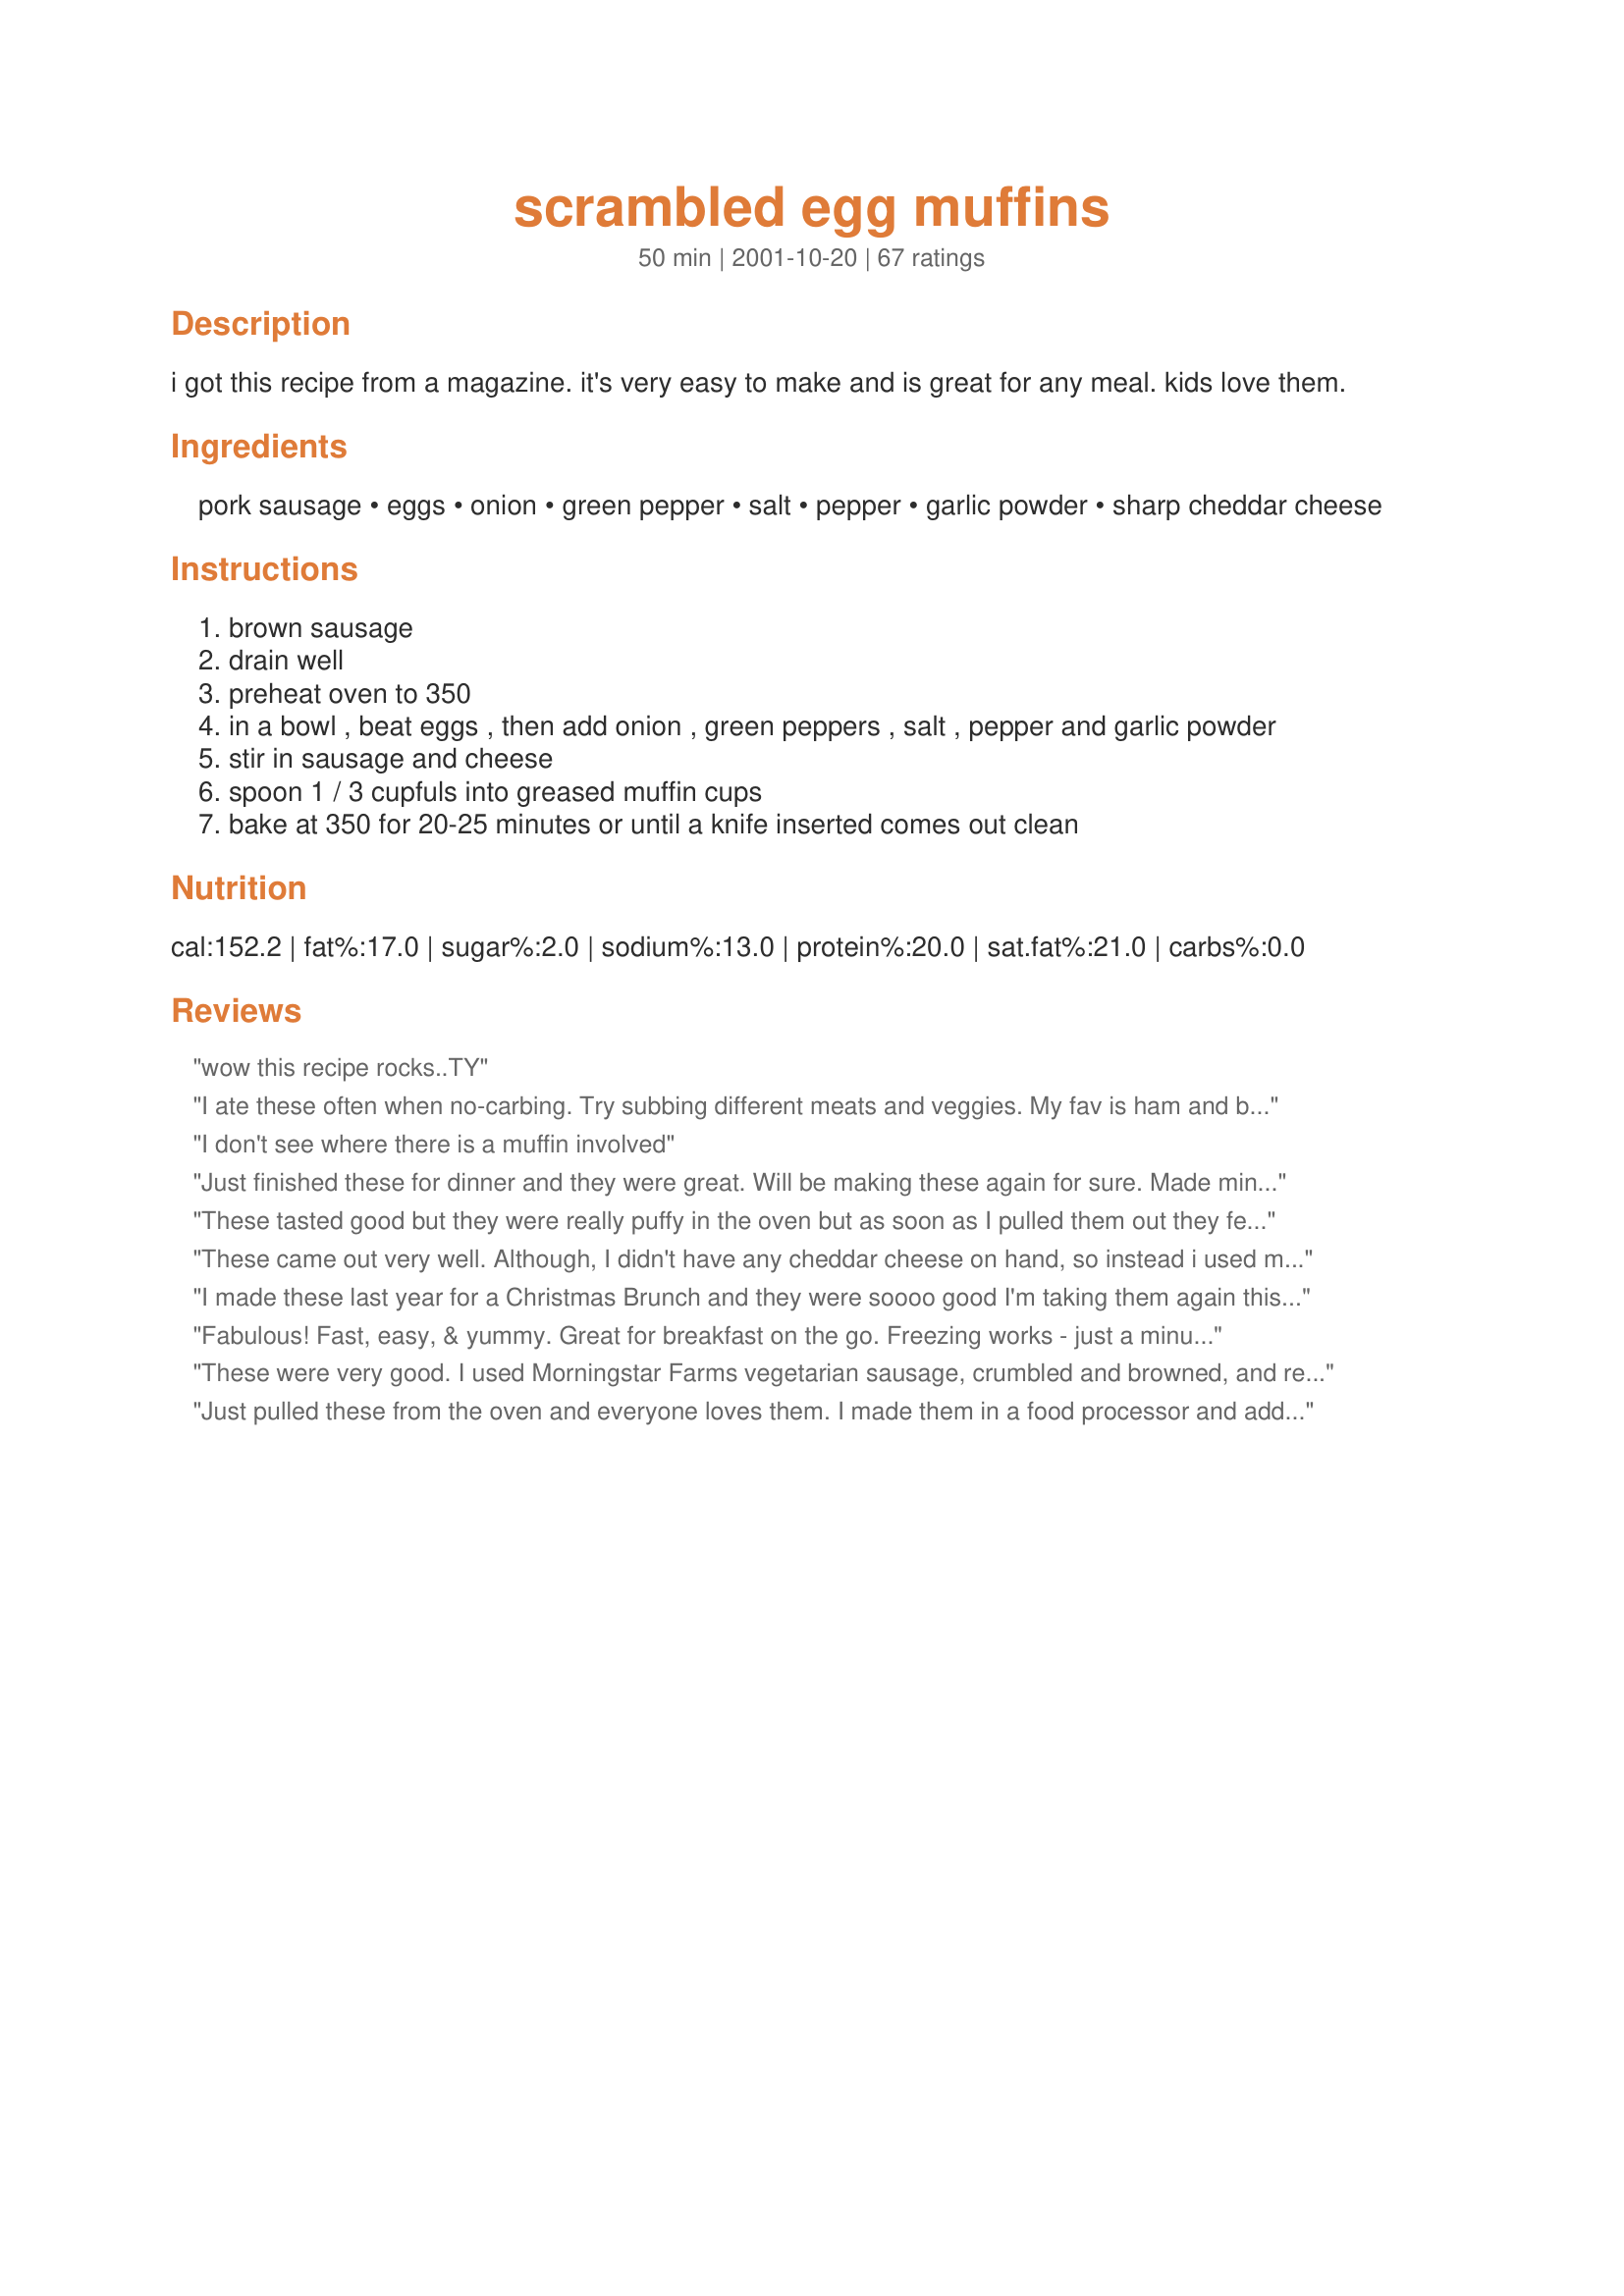
scrambled egg muffins
Preparation time: 50 minutes

i got this recipe from a magazine. it's very easy to make and is great for any meal. kids love them.

Ingredients:
pork sausage, eggs, onion, green pepper, salt, pepper, garlic powder, sharp cheddar cheese

Steps:
brown sausage
drain well
preheat oven to 350
in a bowl , beat eggs , then add onion , green peppers , salt , pepper and garlic powder
stir in sausage and cheese
spoon 1 / 3 cupfuls into greased muffin cups
bake at 350 for 20-25 minutes or until a knife inserted comes out clean

Reviews:
wow this recipe rocks..TY
I ate these often when no-carbing. Try subbing different meats and veggies. My fav is ham and broccolli.
And they are great cold!
I don't see where there is a muffin involved
Just finished these for dinner and they were great. Will be making these again for sure. Made mine with bacon, cheddar cheese and chives for additives.
These tasted good but they were really puffy in the oven but as soon as I pulled them out they fell. Not sure what I could have done wrong. They still tasted good they just didn't look the best. I did cook my peppers and onions before adding.
These came out very well. Although, I didn't have any cheddar cheese on hand, so instead i used muenster, and they tasted fine. also, I only used 10 eggs so there would be more flavor in each one. And yes, they were gone in a minute! Thanks! =D
I made these last year for a Christmas Brunch and they were soooo good I'm taking them again this year. I doubled the recipe and used 1 pound of bacon instead of sausage. ( I used the bacon grease then to grease the muffin pan.... sooo nice!) And left overs reheat very well!
Fabulous! Fast, easy, & yummy. Great for breakfast on the go. Freezing works - just a minute or two in the microwave & they're just fine. I put mushrooms in my second batch & that was great too. Thanks!
These were very good. I used Morningstar Farms vegetarian sausage, crumbled and browned, and red bell pepper. I froze them and they are good when microwaved. Great for busy mornings!
Just pulled these from the oven and everyone loves them. I made them in a food processor and added some spiced yogurt cheese balls and sausage TVP. What a great and simple recipe! Thanks gran.
All RIGHT! These are the perfect company dish! I halved the recipe and added yellow instead of green peppers and green onion instead of yellow since I like the milder flavor of green onions in omelets. I also replaced the sausage with 4oz canadian bacon & added chopped mushrooms, spinach, & about 1/2c of milk. I love cheese so I still used 1/2c of the cheddar. These were SO good and I'm definitely making them again. The addition of the chopped fresh spinach, green onion, & yellow peppers made these SO pretty! Thanks so much!
This recipe is fine and easy enough, so I have no comments on the recipe. What I really hate is the picture does NOT correspond to the recipe. The eggs in the photo are not stirred, mixed, or whipped in any way and THAT is the recipe I wanted to find.
These were great and so easy to make..I omited the garlic powder and added a splash of milk to my eggs. I had them this morning at work.
I made this for a Fathers Day potluck at church today. I originally found the recipe in one of my mothers cookbooks and copied it down. They went over great I even got asked for the recipe. Next time I might try bacon or ham.
I Made These This Morning. I Was Trying To Find A Way To Use Up A Roll Of Pork Sausage. Im Not A Big Fan Of Pork Sausage... These Were Fabulous! I sauTeed An Onion Half A Red Pepper &amp; A Few Shrooms. I Used About 3/4 Lb Of Sausage &amp; 10 Eggs. Measuring Them Out @ 1/3 Cup Each It Made 13 Muffins. As Reccommended I Sprayed The Muffin Pans Generously With canola Oil. No Problem Getting Them Out Of The Pans.Thanks For A Great New Bfast Idea!! :-D
Absolutely delicious!

I made these for a mother's day brunch and they were a great hit.

Easy to make and taste wonderful- like little personal omelets!
These muffins were absolutely wonderful and VERY easy to make. My husband took two of them to work on his way out of the house and immediately called me upon eating them. He begged me to make them on a regular basis. (He ate two more for dinner later that evening. NOTE: I reheated them in the microwave for 30 seconds). I did make some changes to the recipe: my husband is not a fan of onions and green peppers, so I omitted these ingredients, as well as the garlic powder. Also, since it's just the two of us, I halved the recipe to 6 eggs, but kept the same amount of sausage and cheese. On day two of making them, upon request, I used 1 cup of cheese. Lastly, I used Jimmy Dean pork sausage with maple. Thanks Nicole for a quick and tasty (low carb) breakfast! They were delicious!!!
These are great! Made for breakfast this morning and was a big hit. Will definitely add these to our menu rotation!
I liked these a lot. I like that it's easy to cut the recipe in half, since I was not feeding a crowd. I used hot sausage and then sprinkled a little extra cheese on top when they were done cooking.
Great idea! We had delicious & satisfying breakfasts on our craziest mornings of the week thanks to this recipe! It's so flexible that we might not ever tire of it. I made mine with soy crumbles, green onion, and a little soymilk instead of cheese (made them fluffier). Zapped in the microwave for about 1 1/2 minutes, sandwiched in some toast, it's a fast & tasty breakfast on the go!
Nice simple recipe that is easy to adjust to personal taste. I cut it in half as there&#039;s only 3 of us but think they&#039;d make great left overs or an easy breakfast for a crowd. I first sauted some chopped onion and red peppers and used bacon instead of sausage as that&#039;s what I had - also went heavy on the cheese and it worked out fine. I did find that 15 minutes in my oven was about right. Like another reviewers idea of adding hash browns and think I&#039;d then make them in my BIG muffin tins to accommodate it all.
Tastes great, need to grease pan very well so they don't stick!
This is great. I made this when family was in town. I also added green chilies.
Very easy, fast, delicious breakfast recipe! Thank you for sharing! This one is definitely getting saved. The kids loved it!! And I’m sure you could add many different tweaks to change up the flavors!
I made these for breakfast this morning - Very good! I used bacon, because that's what I had available. I also sauteed the onion and pepper with the bacon, because I thought they would still be crunchy just baking for 25 minutes. I'm going to try freezing the left overs, too. Then making sandwiches out of them between a toasted english muffin. Thank you, Nicole, for posting this here.
What a great idea! This recipe is pretty much only limited to your own imagination. I used basic omelet ingredients & everyone loved them!

I added mushroom, cheddar cheese, chopped tomato, cooked spinach and bacon bits with a pinch of pepper to our eggs.

Thanks for sharing!!
I made these today and they are very good. I only used 10 eggs and 2 tbsp. of heavy cream . I added 1/4 tsp onion powder 1/4 tsp mustard powder. I cooked my sausage and cooked the veggies with sausage for the last minute or two. These are very nice and full of meat and veggies. I had no problems with sticking. I will be making these often. These are great when you are low carbing. Thanks for the recipe.
Lovely Brunch dish. These would work well on a buffet too. I made a third of the recipe with no problem. I filled the muffin tins to apprx 1/2" from the top - they puff right up. I used a Jalapeno pepper instead of green pepper and would like some hot sauce on the side. But that's just me - they are wonderful without it. Nice texture. Excellent do ahead recipe. I browned the sausage the day be fore, but them together a couple of hours before baking them - popped them in the oven 25 minutes before serving - timing is just right. Thanks gran, great recipe
Easy and great tasting. I made these this morning with sausage, red and yellow peppers, mushrooms, onions and sharp cheddar. The options are endless!
Sorry forgot to rate it....a 5!
Very good and simple to make. Thanks.
While they were easy to make, they were a bit time consuming considering the end result, which I thought was okay but nothing special. And, having read some reviews about them sticking badly, I used paper liners and they stuck to those, too. Probably won't make them again, but thanks for sharing the recipe, anyway.
I loved this! What a great way to use up eggs in a creative way, and the possibilities are endless. I used bell pepper and leftover ground beef. I'd recommend watching these carefully so they don't overcook. I made these for dinner and I'm sure they'd be great anytime! These were definitely a hit. Thanks!
This was pretty good---the kids and I gobbled it down for breakfast this morning. I made it in a pie-plate instead of muffin cups, and used pepperoni instead of sausage. Oh, and I threw in freshly snipped chives instead of the onions, added some nice color. The egg in this is nice and fluffy...very light, which goes quite well with the meat!


*Made for PAC Spring 2007*
These are a nice, quick breakfast. My only recommendation is to definitely use some muffin cups. I greased my favorite muffin tin. The one that the muffins always slide right out of. Not only did these stick to them something awful, but I really had to scrub to get the tin clean, even after soaking! I substituted ham for pork sausage and left out the green peppers. They reheat nicely out of the fridge, so I plan to freeze a few and see how that does. Thanks for sharing
VERY simple to do,
Hubby enjoyed them too!
Used turkey sausage, red pepper in,
With this recipe you have a win!
Agree with other reviewers to not overfill, TRUE!
Mine were shaped like hearts in muffin pan too!
Turned out great, quick and easy! I didn't have sausage so I made mine into a mock pizza flavor, add tomatoes, green pepper, red onion, pizza seasoning, pizza cheeses and pepperoni.(that is what the red strips are in my pic.) Wallah! Turned out wonderfully, kids loved them. Thanks for a great recipe!
These were very easy and tasty right out of the oven. I don't agree with the freezing and reheating of other reviewers. I put two in each freezer bag with the intention of taking them to work for breakfast. Unfortunately, when I thawed and reheated them they are very kitchen sponge like and blah. I threw the rest of them out that I had frozen. Oh well trial and error. Again, very good change of pace for a weekend breakfast, Thanks for sharing!
This is actually great base recipe. You can do many things with it! I didnt put it in muffin tins becuase it was just easier to put it in a pie pan. It turned out fine. Another time I cut and fried potatoes and placed them on the bottom on a casserole dish then added the mixture on top before baking. There are many things you can do with this!
The husband declared these good but "missing something". I put salsa on mine, as I do with nearly everything eggy, and was in heaven (they did taste a bit pain without). I used 5 eggs (apparently one egg = one muffin), sausage, and cheese. These also stuck quite a bit, despite a thick application of bacon grease to the pan - maybe silicone pans would do the trick.
These are terrific!!! They have transformed our breakfast rush into a calm and peaceful dance!! Best of all they take about a minute in the microwave to go from frozen to a hot brekky!! I have used pork, italian, farmers,and turkey sausage. I have added 1/2 c. frozen hash browns to the mix as well as many different kinds of cheeses. We love these muffins and they are a nice change from the usual breakfast fare. Thank you for sharing!
Great! But I simplified mine due to calorie diet. I used 6 eggs, 1/4 cup shredded cheddar, 1/4 cup skim milk, 8 cooked/crumbled slices of Turkey Bacon and 1 sprig of green onion. No seasonings needed. This made exactly 24 mini muffins. Cooked 15 @ 350 degrees. Thanks for posting the great idea.
This is a great do-ahead breakfast. I made it as directed and added some green chiles also. I wasn't too sure what "mini sausages" were, but I used Bryan little smoke links. Nice flavors and ever so easy to make. Thanks for sharing this keeper.
These were good and I'm glad I finally got around to trying them. I used lean ground beef instead of sausage and cut the recipe in half. Still got 9 "muffins" our of it. They are good cold too!!
We made these this past weekend. I used cayenne pepper instead of garlic (to limit garlic breath in the early morning). I reduced the size to ¼ cup of mix per muffin to ensure they did not exceed the muffin tin. Two of these reduced sized muffins seemed to be enough. Topped with "Red Hot" to add some more spice.
Really enjoying grabbing one of these for breakfast instead of having to prepare something every day. Prepared them exactly by the recipe, and they are great! Thanks.
These are so good and very handy. I made this recipe for that &quot;on the go&quot; morning before football games. We literally grabbed a couple a piece and ate in the car! This recipe is perfect for that morning commute or those busy weekend mornings. Thank you for sharing withus.
These were really good and easy. I was surprised there was not any bread or actual muffin but still very good and easy to make.
My family thought this was a great recipe. It definitely needed the green peppers though, which I left out because I didn't have any. I also found that the muffins overflowed the tin, and made a big mess of my oven. So next time I will use two muffin tins or cut the recipe. I will also add some tomatoes and maybe mushrooms too. Overall, a very good recipe. Thanks!
I like the recipe, substituted cubed tofu and vego powdered chicken stock for the pork sausage to make a vegetarian version. A good way to use up eggs if you have got heaps spare. My only problem was they stuck like glue to the muffin trays - I'll clearly have to apply heaps of oil next time to try and prevent this.
I don't know what happened but these did not turn out well for me. I greased the pan well and they stuck horribly. A nightmare to clean the pan. They weren't very muffin-like, but flattened out and were more like little scrambled egg discs. Oh well, things don't always turn out like you expect and from looking at the pictures and reading the other reviews, I must have been off my game.
These were really good. Good cold as well. I made "No-beat Popovers 105830" and put the Scrambled egg muffins in them. Mmm Mmm Good.
Made for Easter Egg Hunt Tag! I really liked these. They were great for transporting to work. Will definitely make these again. Thanks for posting this Nicole!
These little muffins taste fantastic! I didn't worry with using sausage patties or links instead I scrambled the sausage in a pan. I was a little disapointed because the egg stuck to the paper muffin liner. Next time instead of using the paper liner I will grease the muffin tin.
This are really good and easy to make. I used all vegetables and cheese. Can't wait to eat them tomorrow morning with a piece of toast! Yum!
Great recipe! Next time I will make them in Texas sized muffin pans, since they overflowed a little bit.
These egg muffins were easy to throw together and baked up nicely. I cut the recipe in half and got 7 muffins...but I should have made it 8 since one overflowed a bit. I would definitely not fill any of the muffins more than 2/3 full. I did expect the muffins to have more flavor. I left out the green pepper since I don't like it, so that could have added to the problem, but given that I love scrambled eggs and all of the other ingredients, I was surprised at how plain these tasted to me. It was a great idea, but I think I'll stick to making regular scrambled eggs since it only takes a couple of minutes to throw that together.
I really liked these a lot. I didn't have any pork sausage so I used Canadian bacon. Next time I may try regular bacon because I am not keen on sausage meat anyway. They DO stick so be careful, even though I greased my muffin tin very well. I wonder if you could do these in those paper muffin cases - just a thought - maybe try that next time. Any way despite sticking they are most excellent!
Great flavors, and super versatile! I made this for my husband who often has clients to train very early in the morning. These are great, he just grabs a few and goes. Thank you for a great recipe!
Wonderful. I froze them and my husband and I just reach into the freezer zip-lock bag and zap and eat. I am also going to make them ahead of time and freeze them for camping. Thank you.
This a yummy recipe and so easy too! I prepared everything but eggs the night before and then just mixed them all together in the morning and stuck em' in the oven. My hubby loved them! He suggested maybe putting in these canned mushrooms I use sometimes in my spaghetti. I might try that next time! Thank you for the amazing recipe!
I LOVE this recipe! Living alone, I can make on the weekend and freeze them for a great breakfast during the work week I used bulk turkey breakfast sausage and have also used diced turkey breakfast links as I don't eat pork. Thank you for a winner!
We really enjoyed these little gems! I used chopped ham in place of the sausage -- just a personal preference that my family has. I also sauteed the onion (I used green onion) and bell peppers and then added the ham for a couple minutes as well. I might pump up the garlic powder a little bit the next time I make these. I also went a little heavy on the cheese. I baked these in my silicone muffin pans and they fell right out after baking. I did increase the baking time to about 30 minutes. I wrapped the leftover ones and have them in the freezer -- plus I did reheat one yesterday morning and it turned out great -- just about 20-25 seconds in the microwave. I think you could also add some chopped brocolli or shredded zucchini -- or even some hash browns to these. Thank you, Nicole for posting this recipe.
Tasty, quick, and these reheat well from the fridge.
I used turkey bulk sausage; I sauteed the onion and green peppers with the sausage and also added sliced mushrooms and about a tsp diced jalapeno.
These baked up very fluffy, and I just stored them in a ziplock bag in the refrigerator for quick work-week breakfasts.
*Oh, and you DO need to REALLY coat the muffin pans with spray, probably more than you think. A few of mine stuck and I'd coated the pan pretty well.
Excellent! I added the mushrooms and green chilies and enjoyed the taste tremendously. Perfect for breakfast at your house with family.
Great, east to make recipe. I also use chopped Bacon, and/or diced ham. Wonderful to freeze, 5 seconds in the microwave and ready to eat. Wonderful! I use an aluminum liner in the muffin pan and the muffins are easy to remove from the wrapper. Enjoy! Oh, I also sprinkle a bit of cheese on the top.
These are simple to make, taste great and you can modify the recipe to your own liking. One equals about one egg. They also freeze very well, takes roughly 45 sec. in microwave to thaw/heat. Thanks Nicole for sharing your version of this!
